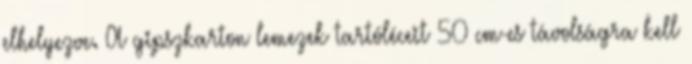
elhelyezve. A gipszkarton lemezek tartóléceit 50 cm-es távolságra kell